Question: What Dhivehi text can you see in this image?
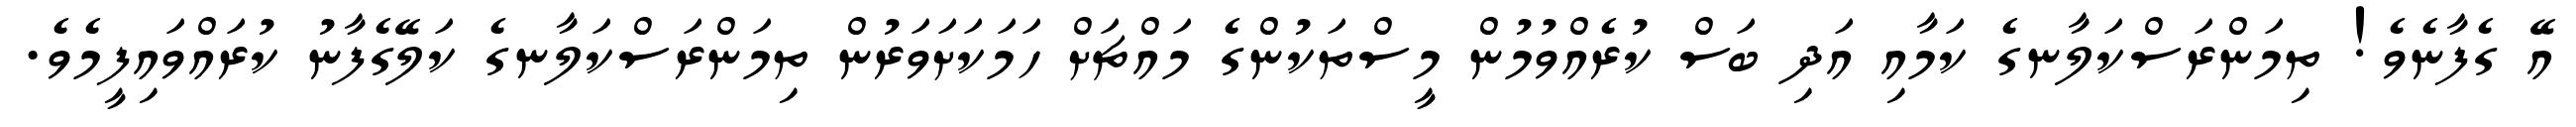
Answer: އޭ ގެފާނެވެ! ތިމަންރަސްކަލާނގެ ކަމާއި އަދި ބަސް ކުރެއްވުމުން މީސްތަކުންގެ މައްޗަށް ހަމަކަށަވަރުން ތިމަންރަސްކަލާނގެ ކަލޭގެފާނު ކުރައްވައިފީމެވެ.